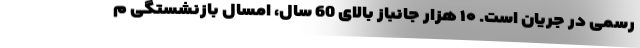
رسمی در جریان است. ۱۰ هزار جانباز بالای 60 سال، امسال بازنشستگی م